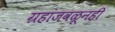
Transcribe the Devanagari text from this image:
ग्रहांजवळूनही